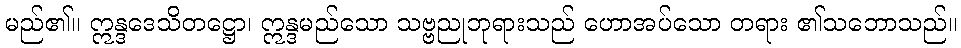
မည်၏။ ဣန္ဒဒေသိတဋ္ဌော၊ ဣန္ဒမည်သော သဗ္ဗညုဘုရားသည် ဟောအပ်သော တရား ၏သဘောသည်။